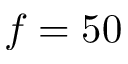
f = 5 0